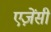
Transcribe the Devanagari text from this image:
एज़ेंसी